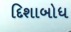
દિશાબોધ